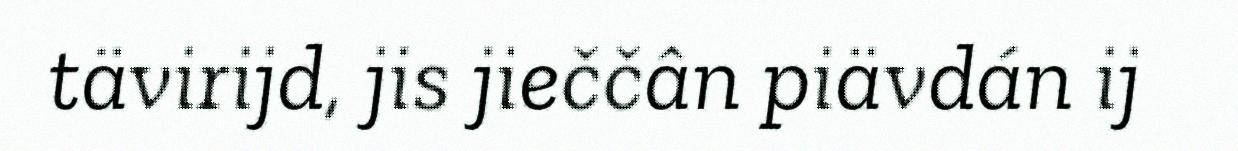
tävirijd, jis jieččân piävdán ij